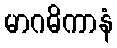
မာဂဓိကာနံ